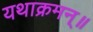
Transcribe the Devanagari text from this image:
यथाक्रमन्॥